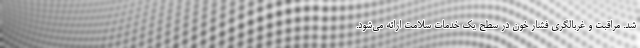
شد. مراقبت و غربالگری فشار خون در سطح یک خدمات سلامت ارائه می‌شود.